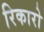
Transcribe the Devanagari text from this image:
रिकारो